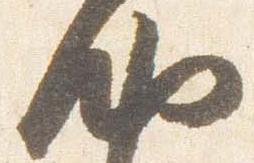
納